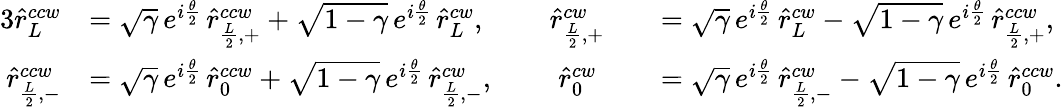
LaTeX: \begin{array}{rlrl}{{3}\hat{r}_{L}^{ccw}}&{=\sqrt{\gamma}\, e^{i\frac{\theta}{2}}\, \hat{r}_{\frac{L}{2},+}^{ccw}+\sqrt{1-\gamma}\, e^{i\frac{\theta}{2}}\, \hat{r}_{L}^{cw},\; \; \; \; \; \; \; \; \hat{r}_{\frac{L}{2},+}^{cw}}&&{=\sqrt{\gamma}\, e^{i\frac{\theta}{2}}\, \hat{r}_{L}^{cw}-\sqrt{1-\gamma}\, e^{i\frac{\theta}{2}}\, \hat{r}_{\frac{L}{2},+}^{ccw},}\\ {\hat{r}_{\frac{L}{2},-}^{ccw}}&{=\sqrt{\gamma}\, e^{i\frac{\theta}{2}}\, \hat{r}_{0}^{ccw}+\sqrt{1-\gamma}\, e^{i\frac{\theta}{2}}\, \hat{r}_{\frac{L}{2},-}^{cw},\; \; \; \; \; \; \; \; \hat{r}_{0}^{cw}}&&{=\sqrt{\gamma}\, e^{i\frac{\theta}{2}}\, \hat{r}_{\frac{L}{2},-}^{cw}-\sqrt{1-\gamma}\, e^{i\frac{\theta}{2}}\, \hat{r}_{0}^{ccw}.}\end{array}